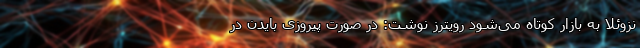
نزوئلا به بازار کوتاه می‌شود رویترز نوشت: در صورت پیروزی بایدن در